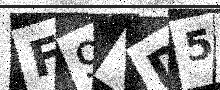
Text: F9YD59